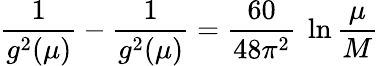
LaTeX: \frac{1}{g^{2}(\mu)}-\frac{1}{g^{2}(\mu)}=\frac{60}{48\pi^{2}}\ \ln\frac{\mu}{M}